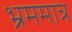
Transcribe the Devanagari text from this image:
भ्रममात्र